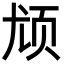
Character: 𬱔